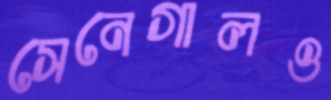
সেনেগালও